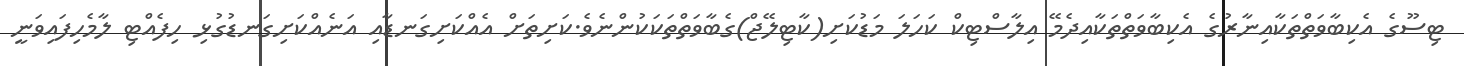
ޓިސޫގެ އެކިބާވަތްތަކާއިނާރުގެ އެކިބާވަތްތަކާއިދެމޭ އިލާސްޓިކް ކަހަލަ މަޑުކަށި(ކާޓިލޭޖް)ގެބާވަތްތަކަކުންނެވެ.ކަށިތަށް އެއްކަށިގަނޑާއި އަނެއްކަށިގަނޑުގުޅި ހިފެއްޓި ލާމެހިފައިވަނީ